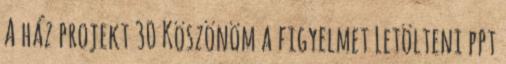
A ház projekt 30 Köszönöm a figyelmet Letölteni ppt